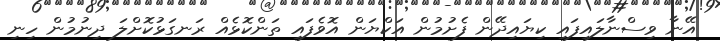
އޭނާ ވިސްނާލައިފައި ކިޔައިދޭން ފެށުމުން އަކްޔަން އޮވެފައި ތަންކޮޅެއް ރަނގަޅުކޮށްލަ ދިނުމުން ހިނި